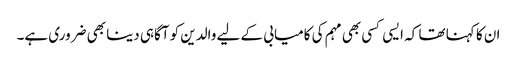
ان کا کہنا تھا کہ ایسی کسی بھی مہم کی کامیابی کے لیے والدین کو آگاہی دینا بھی ضروری ہے۔